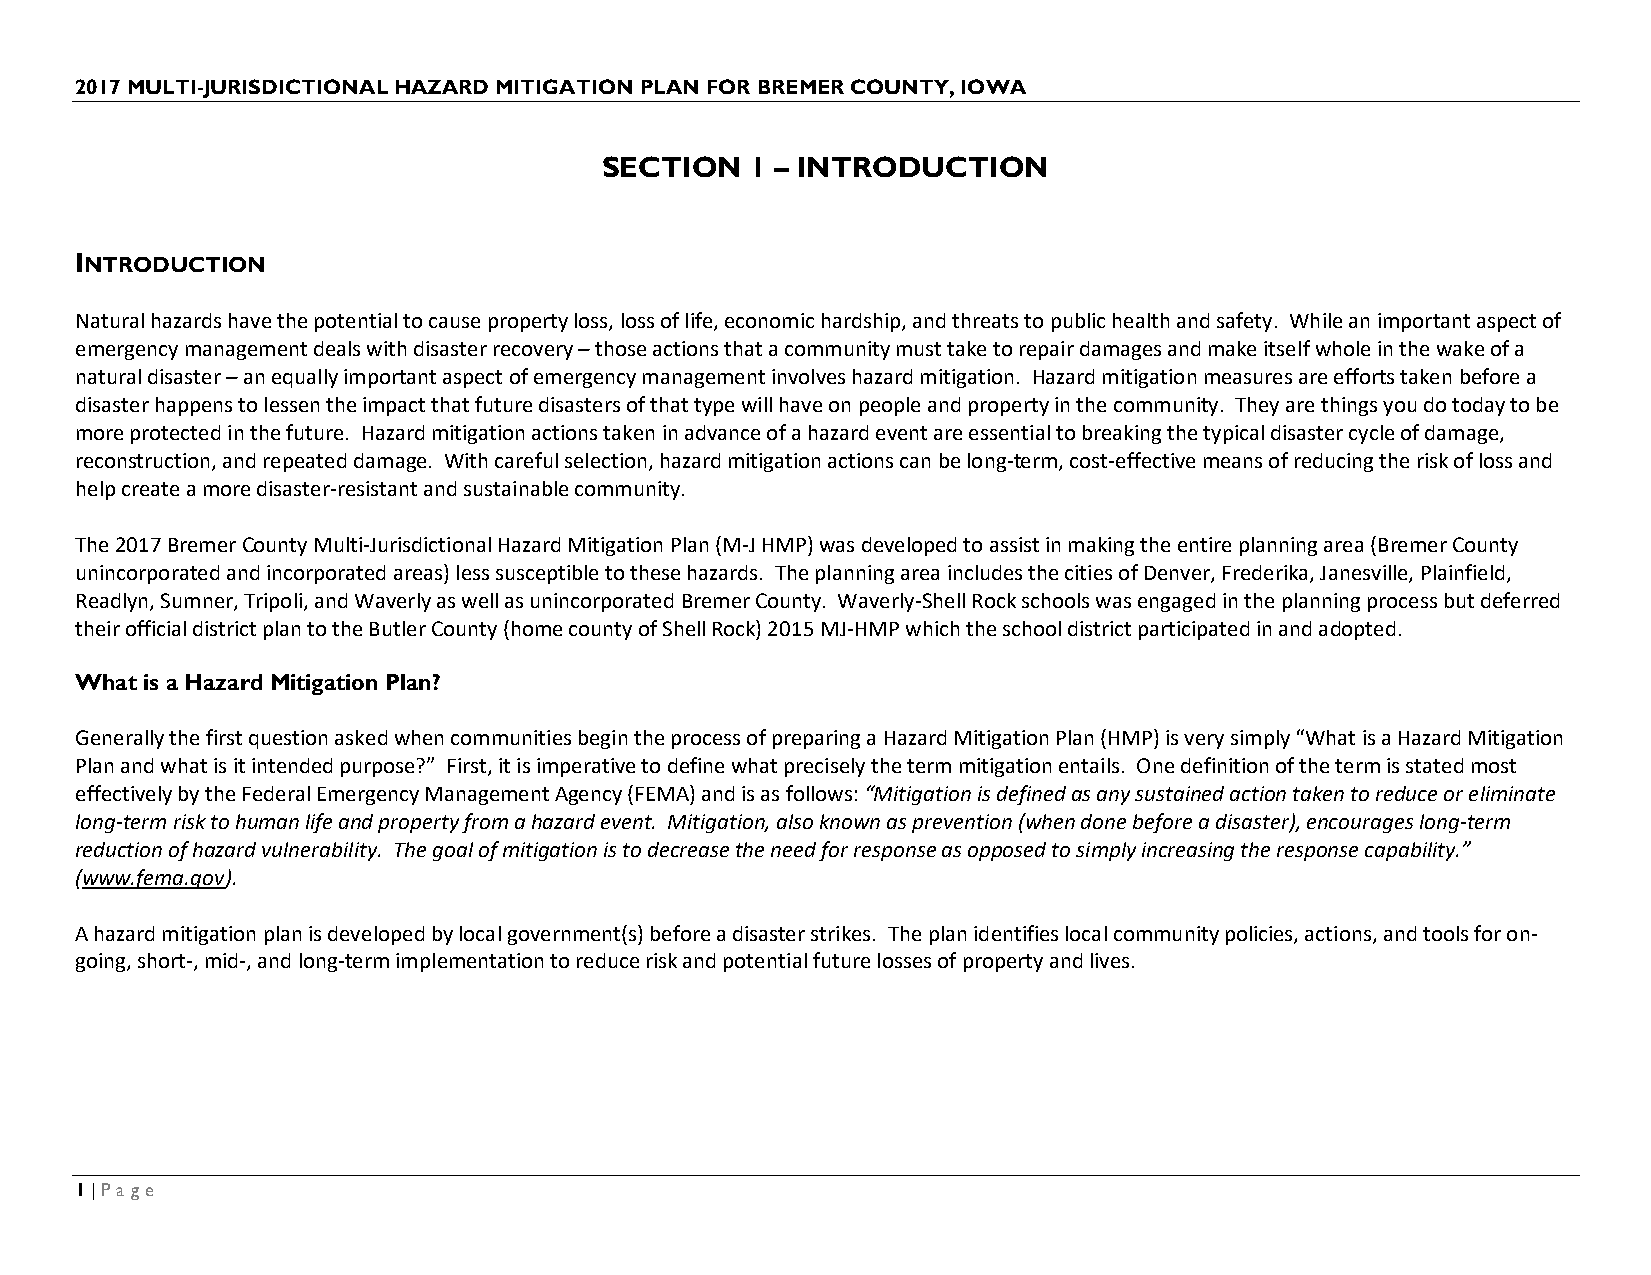
2017 MULTI-JURISDICTIONAL HAZARD MITIGATION PLAN FOR BREMER COUNTY, IOWA
 SECTION   1 – INTRODUCTION
 INTRODUCTION
 Natural hazards have the potential to cause property loss, loss of life, economic hardship, and threats to public health and safety. While an important aspect of
 emergency management deals with disaster recovery – those actions that a community must take to repair damages and make itself whole in the wake of a
 natural disaster – an equally important aspect of emergency management involves hazard mitigation. Hazard mitigation measures are efforts taken before a
 disaster happens to lessen the impact that future disasters of that type will have on people and property in the community. They are things you do today to be
 more protected in the future. Hazard mitigation actions taken in advance of a hazard event are essential to breaking the typical disaster cycle of damage,
 reconstruction, and repeated damage. With careful selection, hazard mitigation actions can be long‐term, cost‐effective means of reducing the risk of loss and
 help create a more disaster‐resistant and sustainable community.
 The 2017 Bremer County Multi-Jurisdictional Hazard Mitigation Plan (M-J HMP) was developed to assist in making the entire planning area (Bremer County
 unincorporated and incorporated areas) less susceptible to these hazards. The planning area includes the cities of Denver, Frederika, Janesville, Plainfield,
 Readlyn, Sumner, Tripoli, and Waverly as well as unincorporated Bremer County. Waverly-Shell Rock schools was engaged in the planning process but deferred
 their official district plan to the Butler County (home county of Shell Rock) 2015 MJ-HMP which the school district participated in and adopted.
 What is a Hazard Mitigation Plan?
 Generally the first question asked when communities begin the process of preparing a Hazard Mitigation Plan (HMP) is very simply “What is a Hazard Mitigation
 Plan and what is it intended purpose?” First, it is imperative to define what precisely the term mitigation entails. One definition of the term is stated most
 effectively by the Federal Emergency Management Agency (FEMA) and is as follows: “Mitigation is defined as any sustained action taken to reduce or eliminate
 long-term risk to human life and property from a hazard event. Mitigation, also known as prevention (when done before a disaster), encourages long-term
 reduction of hazard vulnerability. The goal of mitigation is to decrease the need for response as opposed to simply increasing the response capability.”
 (www.fema.gov).
 A hazard mitigation plan is developed by local government(s) before a disaster strikes. The plan identifies local community policies, actions, and tools for on-
 going, short-, mid-, and long-term implementation to reduce risk and potential future losses of property and lives.
 1 | Page